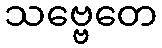
သဗ္ဗေတေ